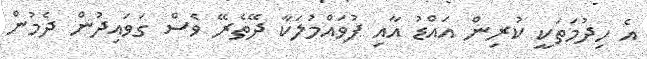
އެ ހިދުމަތަކީ ކުރިން އައްޑު އާއި ފުވައްމުލަކާ ދޭތެރޭ ވެސް ގަވައިދުން ދެމުން